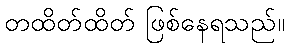
တထိတ်ထိတ် ဖြစ်နေရသည်။